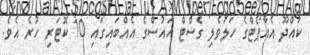
ކައްދޫ އެއާޕޯޓްގެ ހަލަވެލި ގެސްޓް ހައުސްގެ އެއްބައިގައި 10 ކޮޓަރި ހުރެ އެވެ.